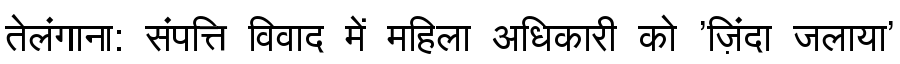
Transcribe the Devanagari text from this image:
तेलंगाना: संपत्ति विवाद में महिला अधिकारी को 'ज़िंदा जलाया'